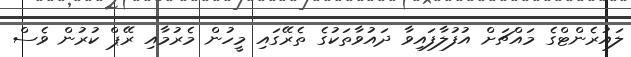
ލައުރެންޓްގެ މައްޗަށް އުފުލާފައިވާ ދައުވާތަކުގެ ތެރޭގައި މީހުން މެރުމާއި ރޭޕް ކުރުން ވެސް